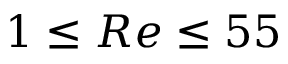
1 \le R e \le 5 5